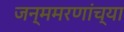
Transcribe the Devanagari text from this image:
जन्ममरणांच्या